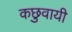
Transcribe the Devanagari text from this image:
कछुवायी